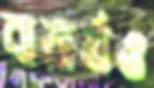
বায়ার্নও